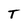
Character: T